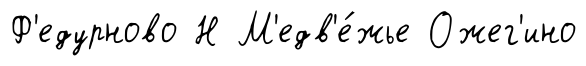
Ф'едурново Н М'едв'е́жье Ожег'ино